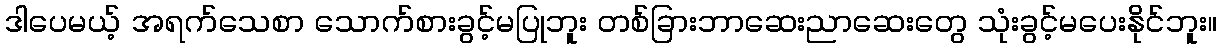
ဒါပေမယ့် အရက်သေစာ သောက်စားခွင့်မပြုဘူး တစ်ခြားဘာဆေးညာဆေးတွေ သုံးခွင့်မပေးနိုင်ဘူး။